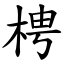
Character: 梬